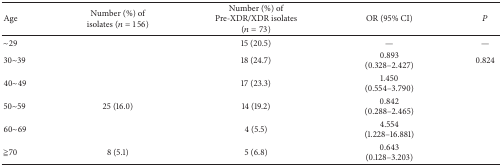
<table><thead><tr><td><b>Age</b></td><td><b>Number (%) of isolates (<i>n</i> = 156)</b></td><td><b>Number (%) of Pre-XDR/XDR isolates (<i>n</i> = 73)</b></td><td><b>OR (95% CI)</b></td><td><b><i>P</i></b></td></tr></thead><tbody><tr><td>~29</td><td>[EMPTY_CELL]</td><td>15 (20.5)</td><td>—</td><td>—</td></tr><tr><td>30~39</td><td>[EMPTY_CELL]</td><td>18 (24.7)</td><td>0.893 (0.328–2.427)</td><td>0.824</td></tr><tr><td>40~49</td><td>[EMPTY_CELL]</td><td>17 (23.3)</td><td>1.450 (0.554–3.790)</td><td>[EMPTY_CELL]</td></tr><tr><td>50~59</td><td>25 (16.0)</td><td>14 (19.2)</td><td>0.842 (0.288–2.465)</td><td>[EMPTY_CELL]</td></tr><tr><td>60~69</td><td>[EMPTY_CELL]</td><td>4 (5.5)</td><td>4.554 (1.228–16.881)</td><td>[EMPTY_CELL]</td></tr><tr><td>≧70</td><td>8 (5.1)</td><td>5 (6.8)</td><td>0.643 (0.128–3.203)</td><td>[EMPTY_CELL]</td></tr></tbody></table>